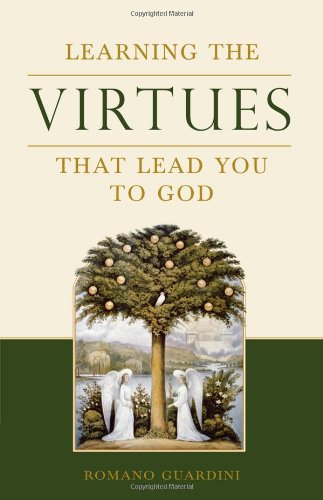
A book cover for Learning the Virtues: That Lead You to God; Romano Guardini; Christian Books & Bibles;